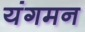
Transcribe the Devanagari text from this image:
यंगमन